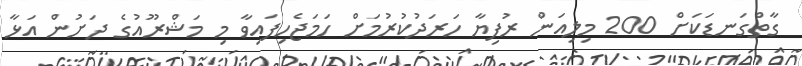
ގާތްގަނޑަކަށް 200 މިލިއަން ރުފިޔާ ހަރަދުކުރުމަށް ހަމަޖެހިފައިވާ މި މަޝްރޫއުގެ ދަށުން އަޅާ